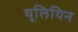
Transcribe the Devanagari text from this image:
यूलियिन